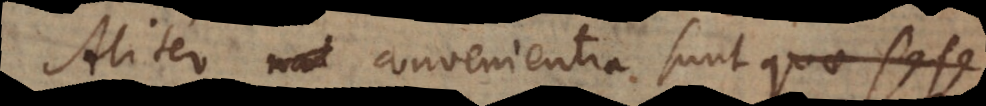
Aliter convenientia sunt quae sese